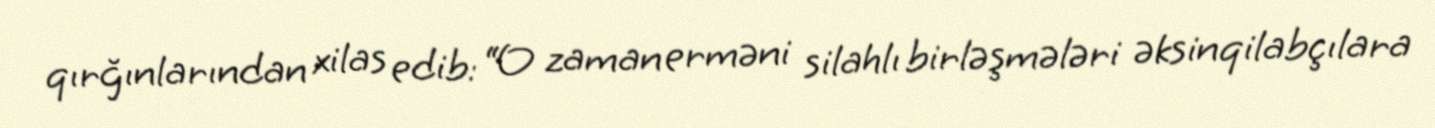
qırğınlarından xilas edib: “O zaman erməni silahlı birləşmələri əksinqilabçılara